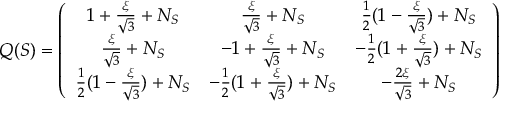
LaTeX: Q ( S ) = \left( \begin{array} { c c c } { { 1 + \frac { \xi } { \sqrt 3 } + N _ { S } } } & { { \frac { \xi } { \sqrt 3 } + N _ { S } } } & { { \frac { 1 } { 2 } ( 1 - \frac { \xi } { \sqrt 3 } ) + N _ { S } } } \\ { { \frac { \xi } { \sqrt 3 } + N _ { S } } } & { { - 1 + \frac { \xi } { \sqrt 3 } + N _ { S } } } & { { - \frac { 1 } { 2 } ( 1 + \frac { \xi } { \sqrt 3 } ) + N _ { S } } } \\ { { \frac { 1 } { 2 } ( 1 - \frac { \xi } { \sqrt 3 } ) + N _ { S } } } & { { - \frac { 1 } { 2 } ( 1 + \frac { \xi } { \sqrt 3 } ) + N _ { S } } } & { { - \frac { 2 \xi } { \sqrt 3 } + N _ { S } } } \end{array} \right)